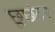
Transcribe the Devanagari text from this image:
छूछंदर